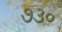
૭૩૦